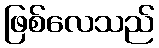
ဖြစ်လေသည်